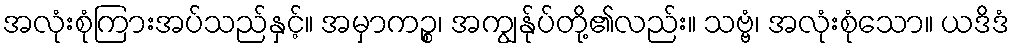
အလုံးစုံကြားအပ်သည်နှင့်။ အမှာကဉ္စ၊ အကျွန်ုပ်တို့၏လည်း။ သဗ္ဗံ၊ အလုံးစုံသော။ ယဒိဒံ